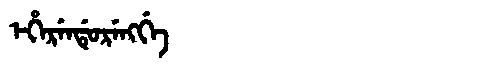
Manchu: ᡝᡥᡝᡵᡝᠨᡩᡠᡵᡝᠩᡤᡝ
Romanization: EHERENDURENGGE